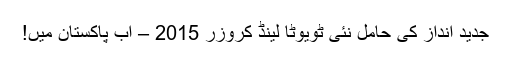
جدید انداز کی حامل نئی ٹویوٹا لینڈ کروزر 2015 – اب پاکستان میں!